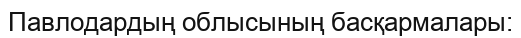
Павлодардың облысының басқармалары: